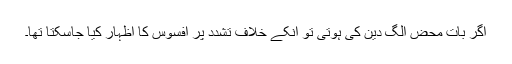
اگر بات محض الگ دین کی ہوتی تو انکے خلاف تشدد پر افسوس کا اظہار کیا جاسکتا تھا۔